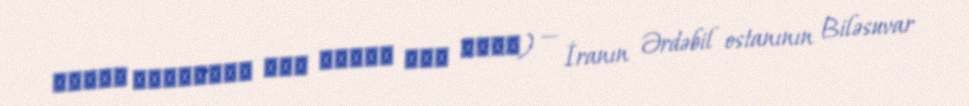
قشلاق دميرچلوي قره قشلاق حاج مجيد) — İranın Ərdəbil ostanının Biləsuvar